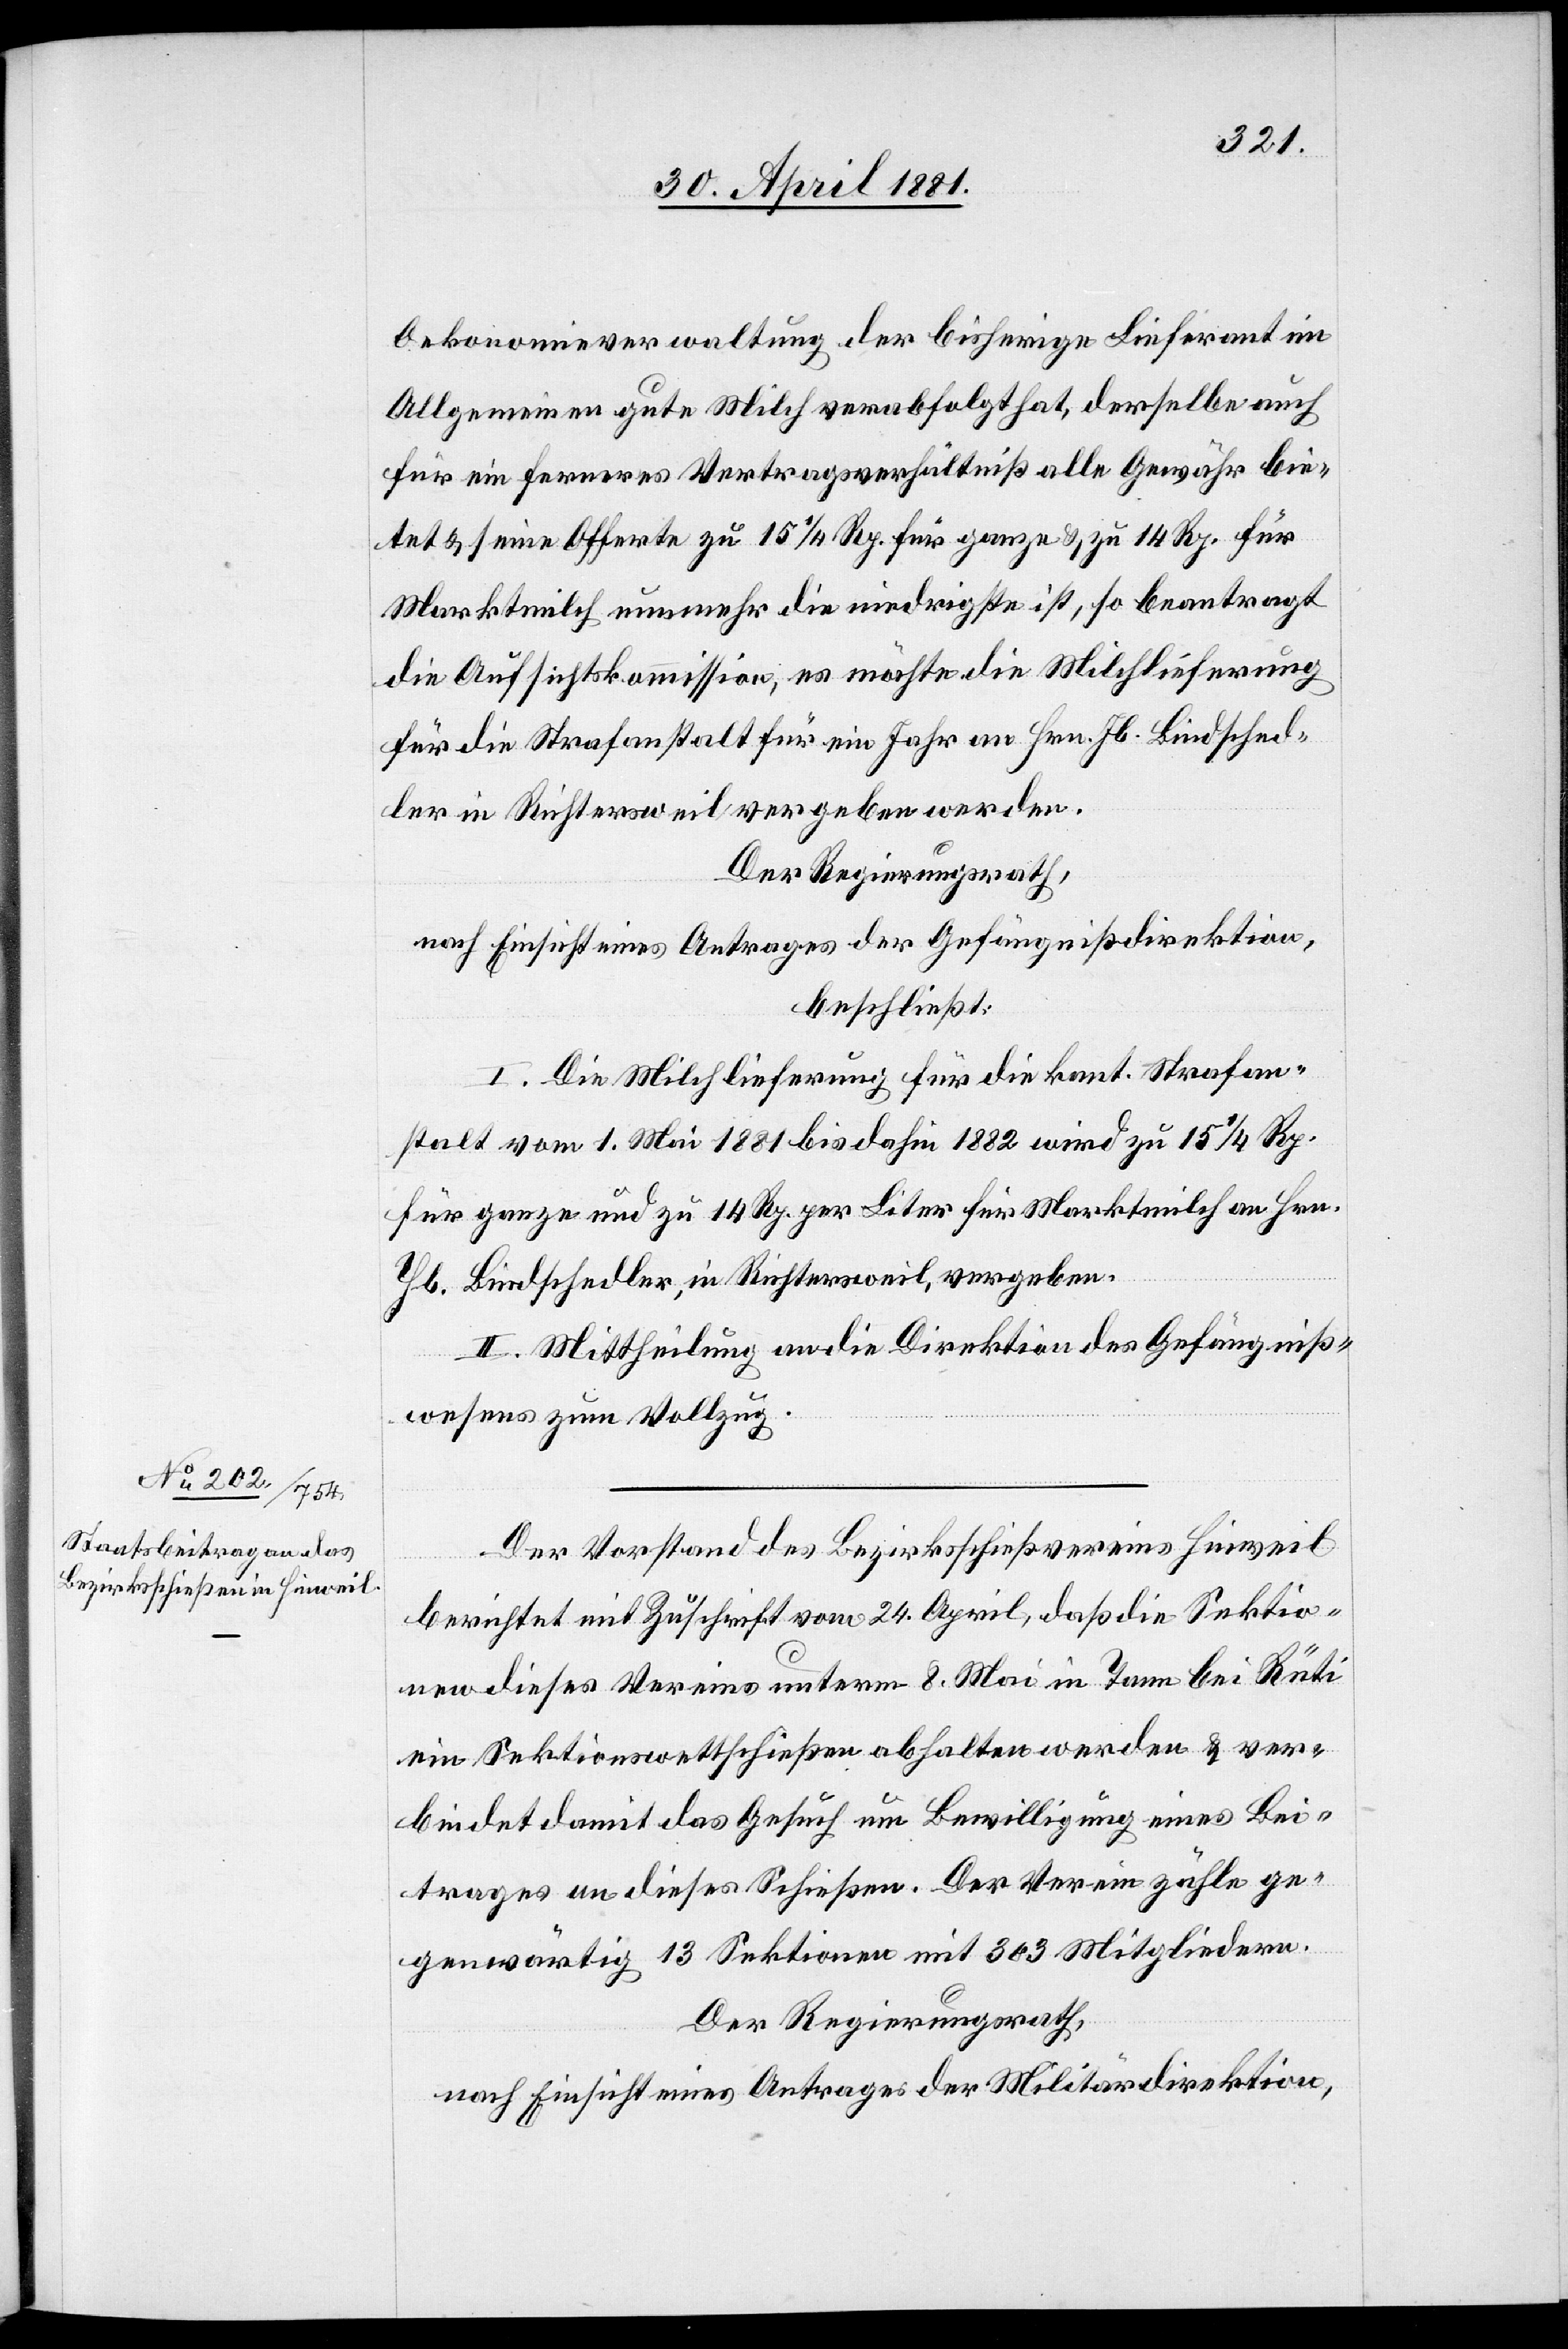
Oekonomieverwaltung der bisherige Lieferant im
Allgemeinen gute Milche verabfolgt hat, derselbe auch
für ein ferneres Vertragsverhältniß alle Gewähr bie¬
tet & seine Offerte zu 15 1/4 Rp. für ganze & zu 14. Rp. für
Marktmilch nunmehr die niedrigste ist, so beantragt
die Aufsichtskommission, es möchte die Milchlieferung
für die Strafanstalt für ein Jahr an Hrn. Jb. Bindsched¬
ler in Richtersweil vergeben werden.
Der Regierungsrath,
nach Einsicht eines Antrages der Gefängnißdirektion,
beschließt:
I. Die Milchlieferung für die kant. Strafan¬
stalt vom 1. Mai 1881 bis dahin 1882 wird zu 15 1/4 Rp.
für ganze und zu 14. Rp. per Liter für Marktmilch an Hrn.
Jb. Bindschedler, in Richtersweil, vergeben.
II. Mittheilung an die Direktion des Gefängniß¬
wesens zum Vollzug.
Der Vorstand des Bezirksschießvereins Hinweil
berichtet mit Zuschrift vom 24. April, daß die Sektio¬
nen dieses Vereins unterm 8. Mai in Tann bei Rüti
ein Sektionswettschießen abhalten werden & ver¬
bindet damit das Gesuch um Bewilligung eines Bei¬
trages an dieses Schießen. Der Termin zähle ge¬
genwärtig 13 Sektionen mit 303 Mitgliedern.
Der Regierungsrath,
nach Einsicht eines Antrages der Militärdirektion,